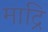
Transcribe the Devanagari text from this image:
माद्रि